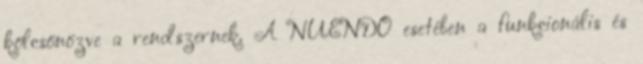
kölcsönözve a rendszernek. A NUENDO esetében a funkcionális és